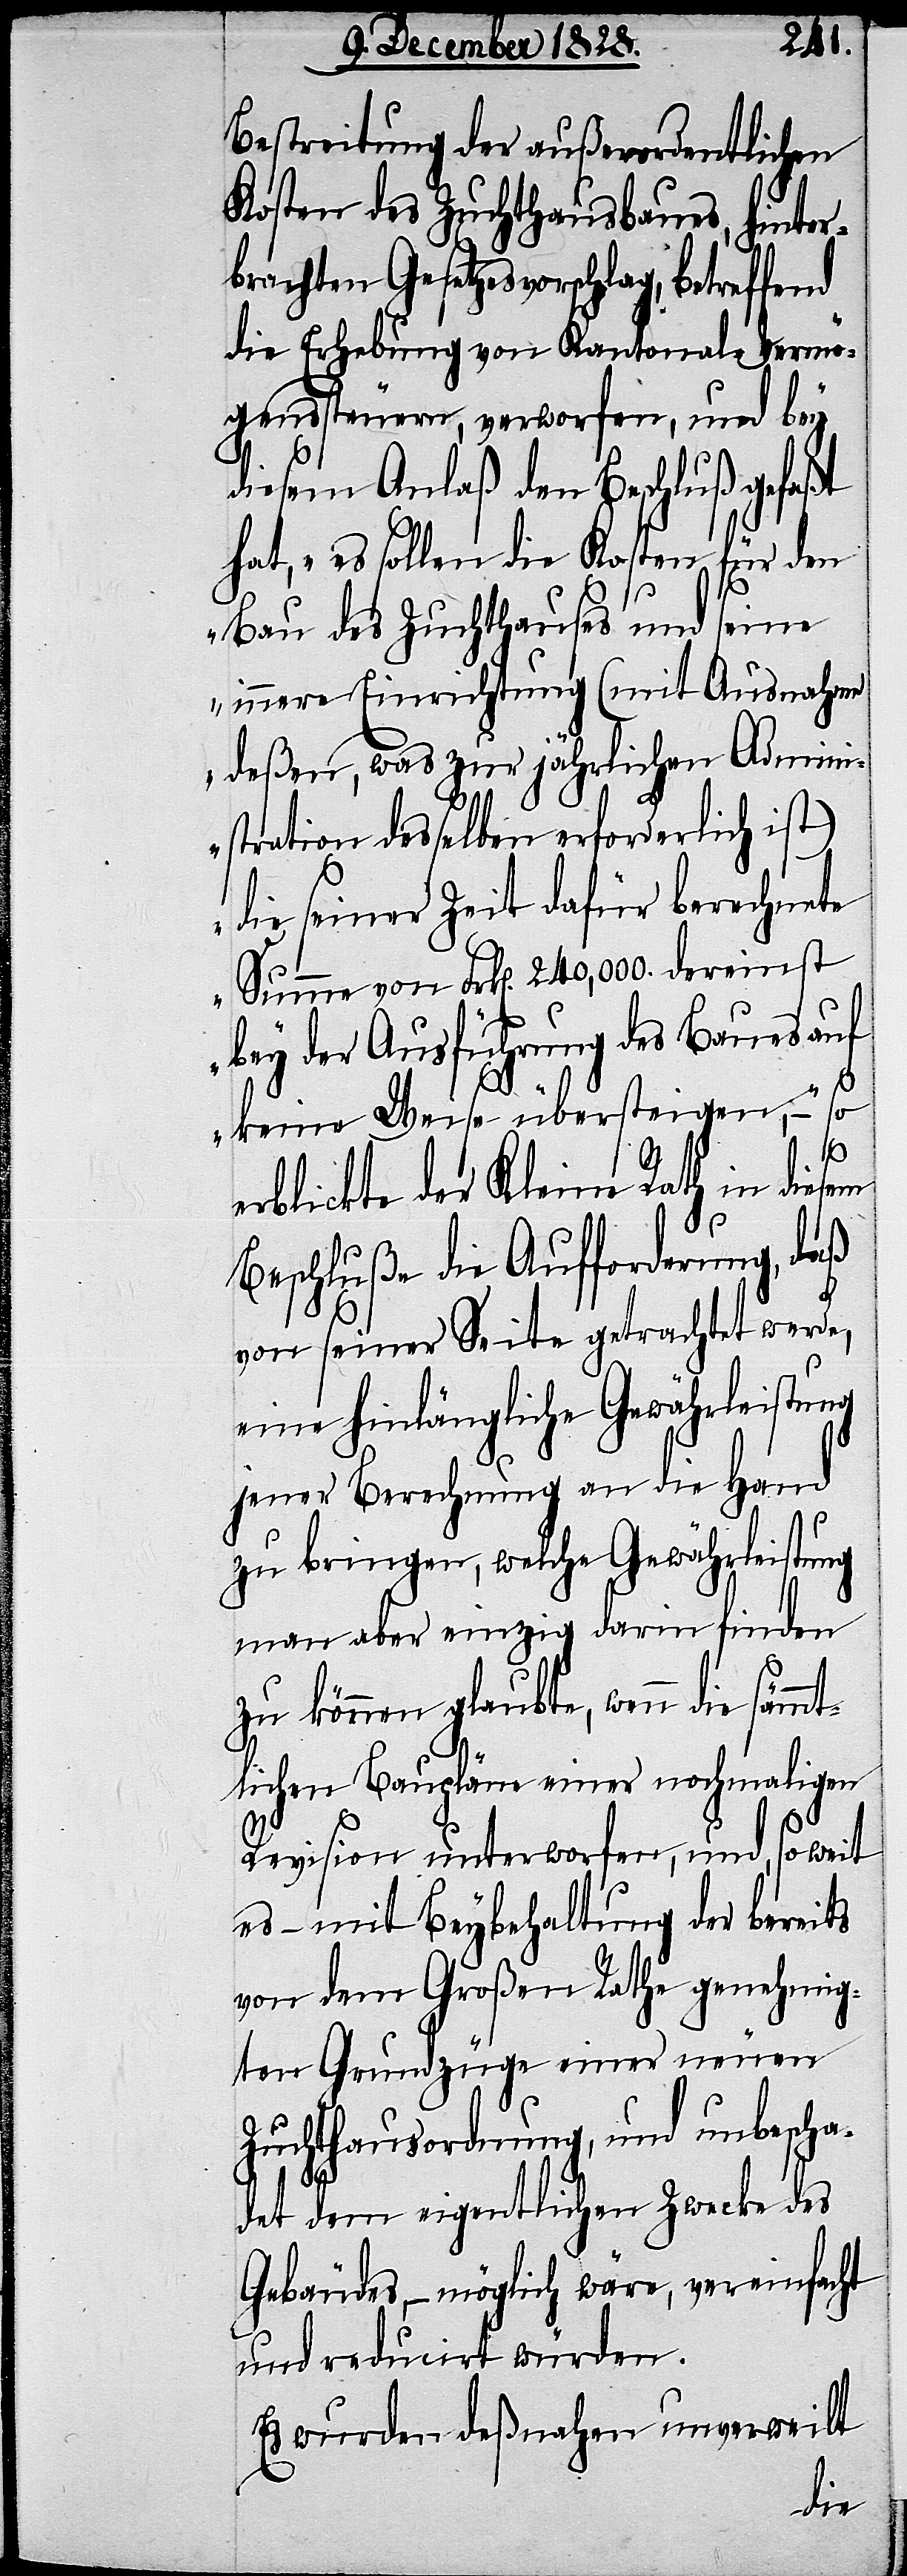
Bestreitung der außerordentlichen
Kosten des Zuchthausbaues, hinter¬
brachten Gesetzesvorschlag, betreffend
die Erhebung von Kantonal-Vermö¬
genssteuern, verworfen, und bey
diesem Anlaß den Beschluß gefaßt
hat, „es sollen die Kosten für den
Bau des Zuchthauses und seine
innere Einrichtung (mit Ausnahme
deßen, was zur jährlichen Admini¬
stration desselben erforderlich ist)
die seiner Zeit dafür berechnete
Summe von Frk[en]. 240,000. dereinst
bey der Ausführung des Baues auf
keine Weise übersteigen,“ –
so
erblickte der Kleine Rath in diesem
Beschluße die Aufforderung, daß
von seiner Seite getrachtet werde,
eine hinlängliche Gewährleistung
jener Berechnung an die Hand
zu bringen, welche Gewährleistung
man aber einzig darin finden
zu können glaubte, wenn die säm¬
mtlichen Baupläne einer nochmaligen
Revision unterworfen, und, so weit
es – mit Beybehaltung der bereits
von dem Großen Rathe genehmig¬
ten Grundzüge einer neuen
Zuchthausordnung, und unbescha¬
det dem eigentlichen Zwecke des
Gebäudes, – möglich wäre, vereinfacht
und reducirt würden.
Es wurden deßnahen unverweilt